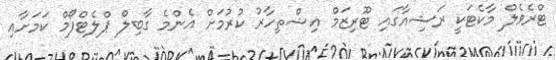
ޓްރެވެލް މާކެޓަކީ ރަޝިއާގައި ޓޫރިޒަމް އިޝްތިހާރު ކުރުމަށް އެންމެ ގާބިލް ޕްލެޓްފޯމް ކަަމަށާއި